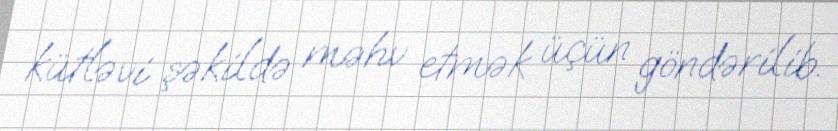
kütləvi şəkildə məhv etmək üçün göndərilib.